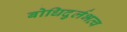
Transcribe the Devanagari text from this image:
बोधिदुर्लभत्व